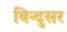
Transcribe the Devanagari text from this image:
बिन्दुसर